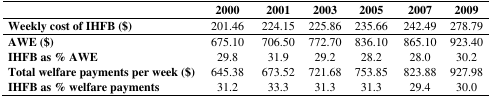
<table><thead><tr><td></td><td><b>2000</b></td><td><b>2001</b></td><td><b>2003</b></td><td><b>2005</b></td><td><b>2007</b></td><td><b>2009</b></td></tr></thead><tbody><tr><td><b>Weekly cost of IHFB ($)</b></td><td>201.46</td><td>224.15</td><td>225.86</td><td>235.66</td><td>242.49</td><td>278.79</td></tr><tr><td><b>AWE ($)</b></td><td>675.10</td><td>706.50</td><td>772.70</td><td>836.10</td><td>865.10</td><td>923.40</td></tr><tr><td><b>IHFB as % AWE</b></td><td>29.8</td><td>31.9</td><td>29.2</td><td>28.2</td><td>28.0</td><td>30.2</td></tr><tr><td><b>Total welfare payments per week ($)</b></td><td>645.38</td><td>673.52</td><td>721.68</td><td>753.85</td><td>823.88</td><td>927.98</td></tr><tr><td><b>IHFB as % welfare payments </b></td><td>31.2</td><td>33.3</td><td>31.3</td><td>31.3</td><td>29.4</td><td>30.0</td></tr></tbody></table>